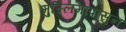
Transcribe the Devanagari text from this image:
मुस्लिमांपासुन